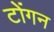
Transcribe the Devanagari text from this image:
टोंगन